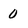
Character: o